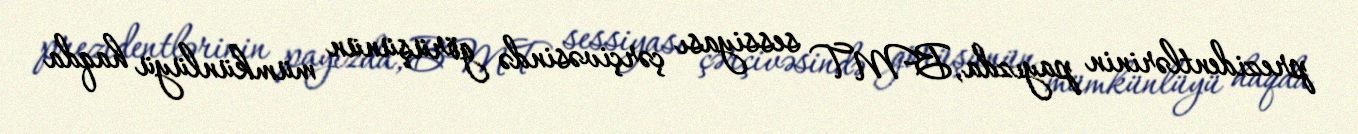
prezidentlərinin payızda, BMT sessiyası çərçivəsində görüşünün mümkünlüyü haqda